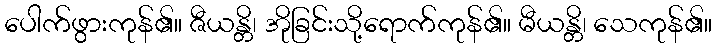
ပေါက်ဖွားကုန်၏။ ဇီယန္တိ၊ အိုခြင်းသို့ရောက်ကုန်၏။ မီယန္တိ၊ သေကုန်၏။